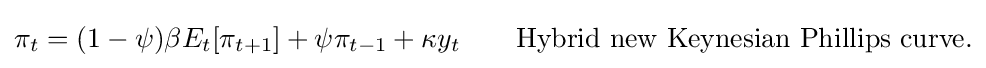
\pi _{t}=(1-\psi )\beta E_{t}[\pi _{t+1}]+\psi \pi _{t-1}+\kappa y_{t}\qquad {\mbox{Hybrid new Keynesian Phillips curve.}}